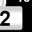
Digit: 2